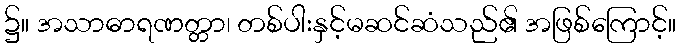
၌။ အသာဓာရဏတ္တာ၊ တစ်ပါးနှင့်မဆင်ဆံသည်၏ အဖြစ်ကြောင့်။